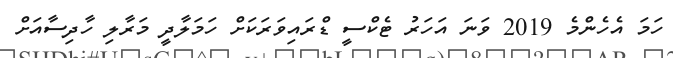
ހަމަ އެހެންމެ 2019 ވަނަ އަހަރު ޓެކްސީ ޑްރައިވަރަކަށް ހަމަލާދީ މަރާލި ހާދިސާއަށް